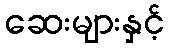
ဆေးများနှင့်